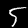
Label: 5